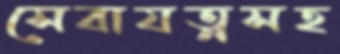
সেবাযত্নসহ